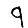
Digit: 9